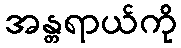
အန္တရာယ်ကို